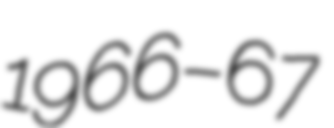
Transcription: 1966–67